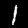
Label: 1